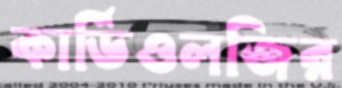
কার্ডিওলজির